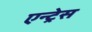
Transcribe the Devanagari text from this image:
एन्ट्रेस